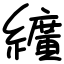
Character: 纊